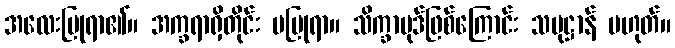
အလေးပြုရာ၏။ အက္ခရာရှိတိုင်း မပြုရာ။ သိက္ခာပုဒ်ဖြစ်ကြောင်း သမုဋ္ဌာန် မဟုတ်။